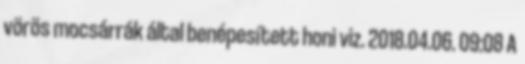
vörös mocsárrák által benépesített honi viz. 2018.04.06. 09:08 A